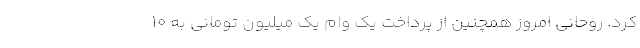
کرد. روحانی امروز همچنین از پرداخت یک وام یک میلیون تومانی به ۱۰